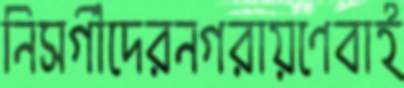
নিসর্গীদেরনগরায়ণেবাই